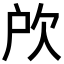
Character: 𣢖